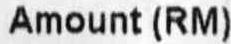
AMOUNT (RM)